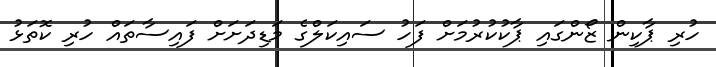
ހުރި ޕާކިން ޒޯންގައި ޕާކުކުރުމަށް ފަހު ސައިކަލްގެ މަޑިދަށަށް ފައިސާތައް ހުރި ކޮތަޅު